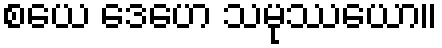
စယေ ဒေဟေ သမုဿယော။